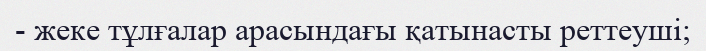
- жеке тұлғалар арасындағы қатынасты реттеуші;